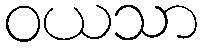
ဝယသာ